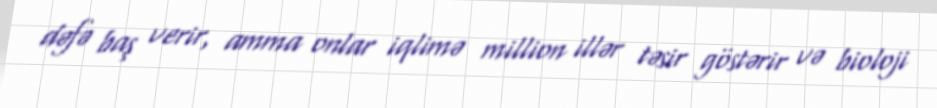
dəfə baş verir, amma onlar iqlimə million illər təsir göstərir və bioloji